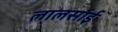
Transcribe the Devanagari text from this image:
लालसांई